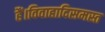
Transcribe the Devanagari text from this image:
हैं।विवाहादिसमस्त